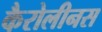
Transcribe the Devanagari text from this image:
कैरोलीनस